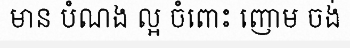
មាន បំណង ល្អ ចំពោះ ញោម ចង់